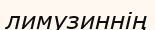
лимузиннің